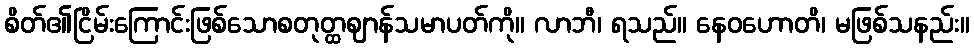
စိတ်၏ငြိမ်းကြောင်းဖြစ်သောစတုတ္ထဈာန်သမာပတ်ကို။ လာဘီ၊ ရသည်။ နေဝဟောတိ၊ မဖြစ်သနည်း။